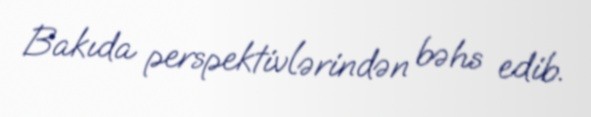
Bakıda perspektivlərindən bəhs edib.